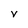
Character: y